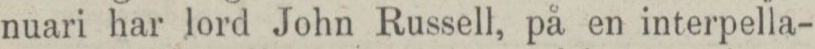
nuari har lord John Russell, på en interpella-